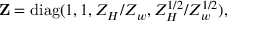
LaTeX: { \bf Z } = \mathrm { d i a g } ( 1 , 1 , Z _ { H } / Z _ { w } , Z _ { H } ^ { 1 / 2 } / Z _ { w } ^ { 1 / 2 } ) ,